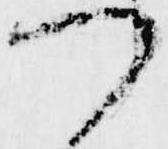
つ